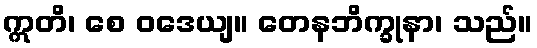
ဣတိ၊ စေ ဝဒေယျ။ တေနဘိက္ခုနာ၊ သည်။